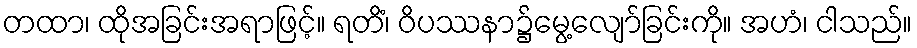
တထာ၊ ထိုအခြင်းအရာဖြင့်။ ရတိံ၊ ဝိပဿနာ၌မွေ့လျော်ခြင်းကို။ အဟံ၊ ငါသည်။